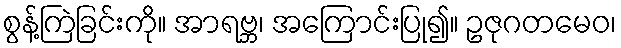
စွန့်ကြဲခြင်းကို။ အာရဗ္ဘ၊ အကြောင်းပြု၍။ ဥဇုဂတမေဝ၊